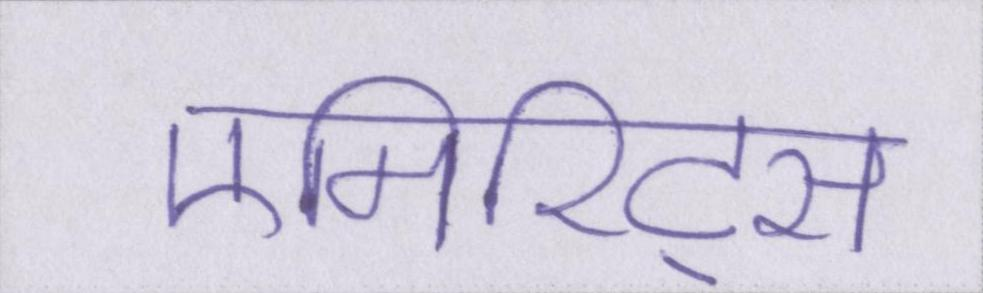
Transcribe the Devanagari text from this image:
एमिरिट्स